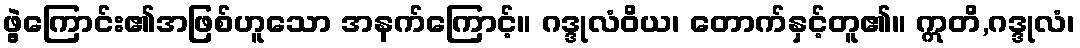
ဖွဲ့ကြောင်း၏အဖြစ်ဟူသော အနက်ကြောင့်။ ဂဒ္ဒုလံဝိယ၊ တောက်နှင့်တူ၏။ ဣတိ,ဂဒ္ဒုလံ၊